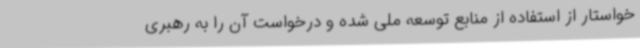
خواستار از استفاده از منابع توسعه ملی شده و درخواست آن را به رهبری